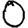
Digit: 0